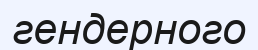
гендерного